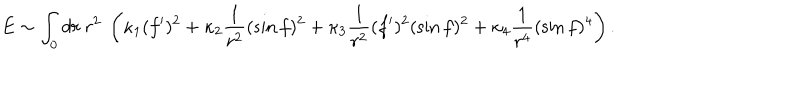
E \sim \int _ { 0 } d r ~ r ^ { 2 } ~ \left( \kappa _ { 1 } ( f ^ { \prime } ) ^ { 2 } + \kappa _ { 2 } \frac { 1 } { r ^ { 2 } } ( \sin f ) ^ { 2 } + \kappa _ { 3 } \frac { 1 } { r ^ { 2 } } ( f ^ { \prime } ) ^ { 2 } ( \sin f ) ^ { 2 } + \kappa _ { 4 } \frac { 1 } { r ^ { 4 } } ( \sin f ) ^ { 4 } \right) .